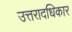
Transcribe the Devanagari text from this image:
उत्तरादधिकार